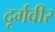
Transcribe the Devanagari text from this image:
दूर्गवीर